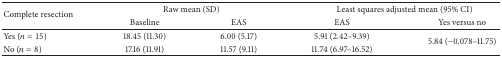
<table><thead><tr><td rowspan="2"><b>Complete resection</b></td><td colspan="2"><b>Raw mean (SD)</b></td><td colspan="2"><b>Least squares adjusted mean (95% CI)</b></td></tr><tr><td><b>Baseline</b></td><td><b>EAS</b></td><td><b>EAS</b></td><td><b>Yes versus no</b></td></tr></thead><tbody><tr><td>Yes (<i>n</i> = 15)</td><td>18.45 (11.30)</td><td>6.00 (5.17)</td><td>5.91 (2.42–9.39)</td><td rowspan="2">5.84 (−0.078–11.75)</td></tr><tr><td>No (<i>n</i> = 8)</td><td>17.16 (11.91)</td><td>11.57 (9.11)</td><td>11.74 (6.97–16.52)</td></tr></tbody></table>